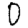
Digit: 0